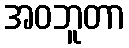
အဝဘူတာ